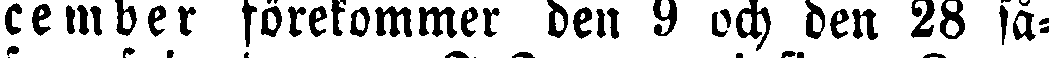
cember förekommer den 9 och den 28 så-